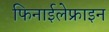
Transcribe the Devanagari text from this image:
फिनाईलेफ्राइन